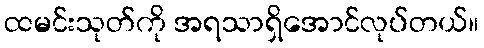
ထမင်းသုတ်ကို အရသာရှိအောင်လုပ်တယ်။